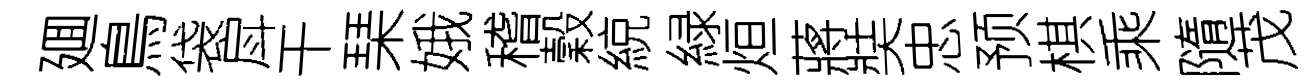
廽鳥袋戽干琹娥稽穀綂緑烜蔣奘忠预棋乘隨茂